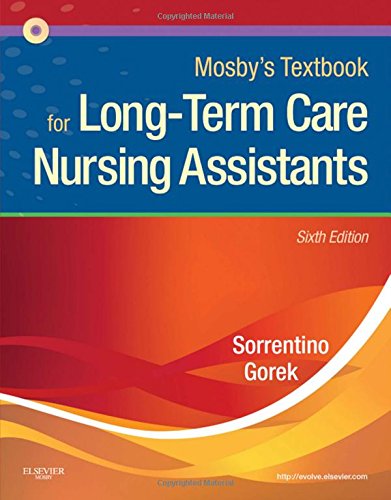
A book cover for Mosby's Textbook for Long-Term Care Nursing Assistants, 6e; Sheila A. Sorrentino; Self-Help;